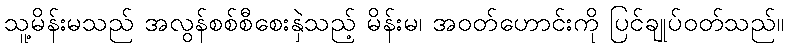
သူ့မိန်းမသည် အလွန်စစ်စီစေးနှဲသည့် မိန်းမ၊ အဝတ်ဟောင်းကို ပြင်ချုပ်ဝတ်သည်။